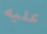
عليه